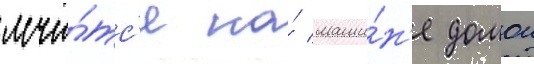
мчи́тс'я на́ маши́н'е домои